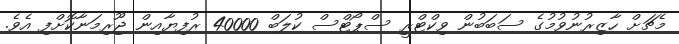
މެޗަށް ހާޒިރުނުވުމުގެ ސަބަބުން ވިކްޓްރީ ސްޕޯޓްސް ކުލަބް 40000 ރުފިޔާއިން ޖޫރިމަނާކޮށްފި އެވެ.